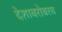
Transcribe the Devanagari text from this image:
देशाबरोबरच